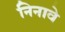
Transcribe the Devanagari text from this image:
निनावे